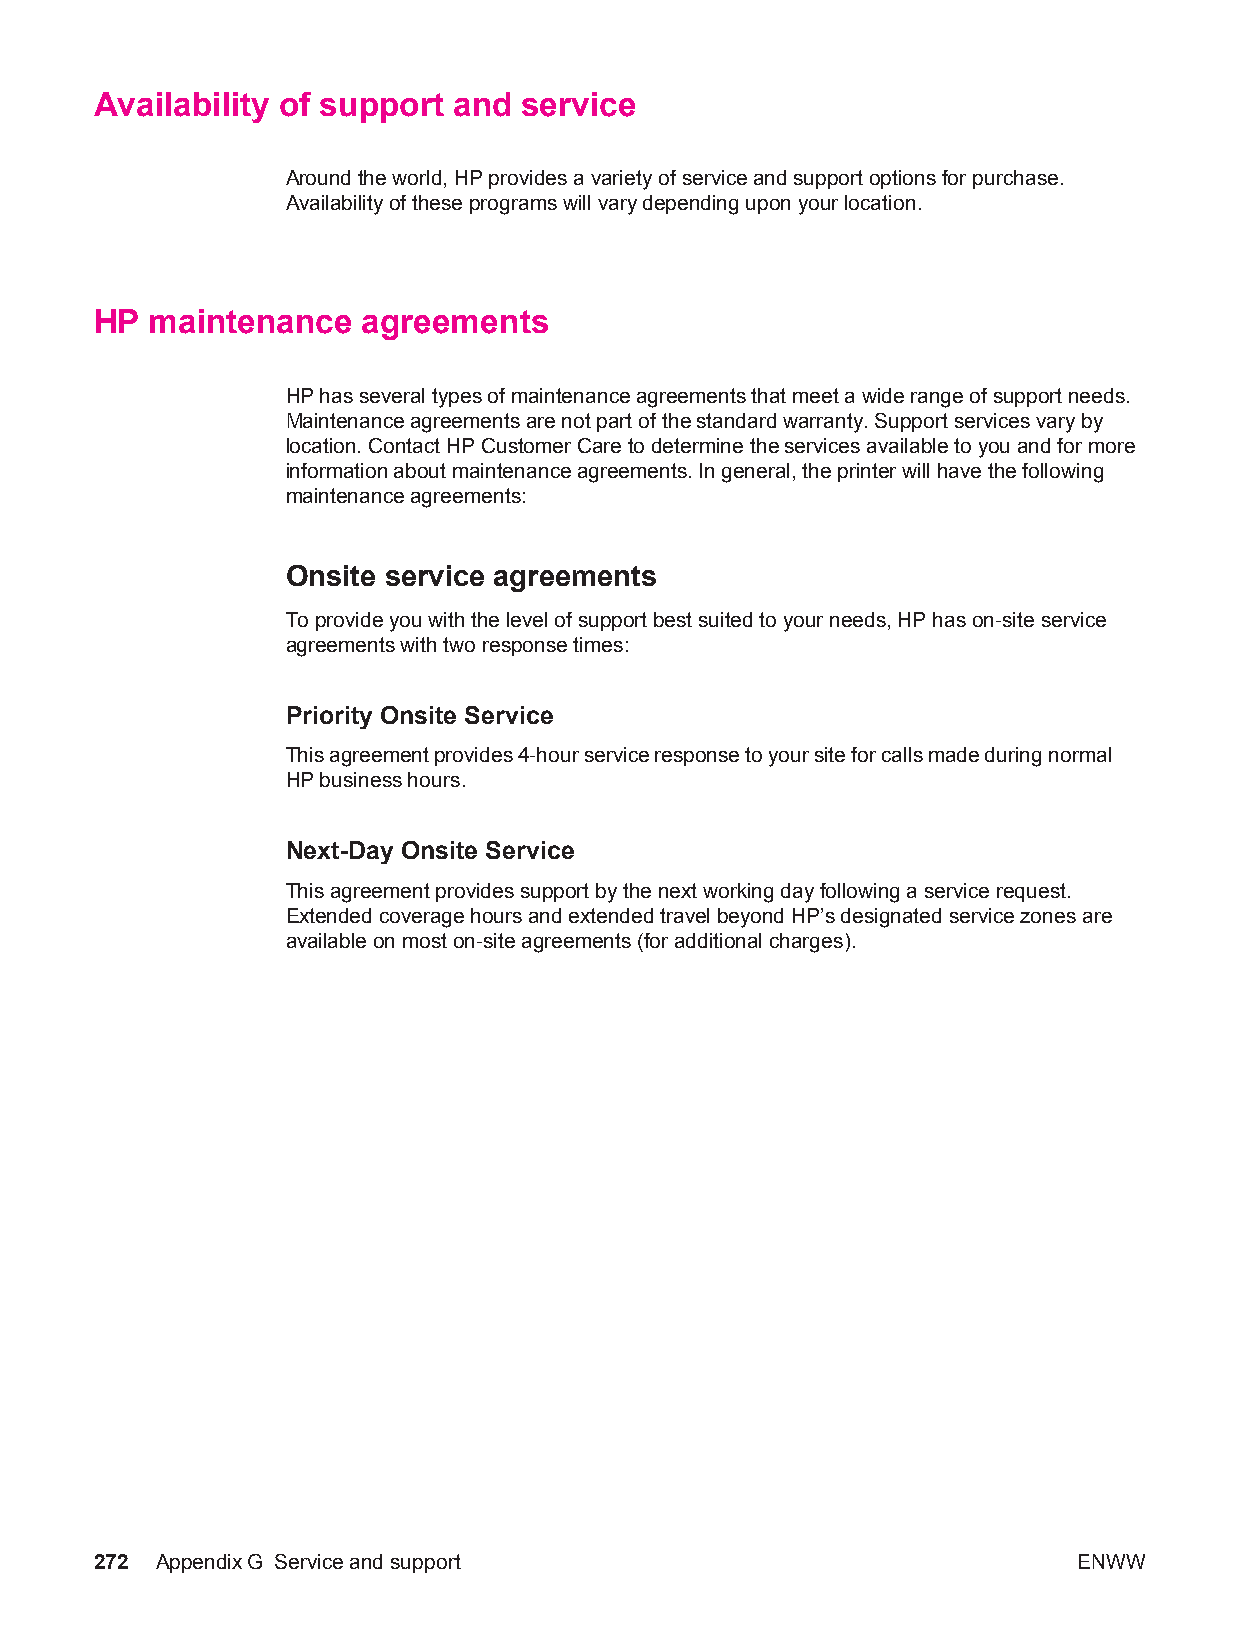
Availability of support and  service
 Around the world, HP provides a variety of service and support options for purchase.
 Availability of these programs will vary depending upon your location.
 HP  maintenance   agreements
 HP has several types of maintenance agreements that meet a wide range of support needs.
 Maintenance agreements are not part of the standard warranty. Support services vary by
 location. Contact HP Customer Care to determine the services available to you and for more
 information about maintenance agreements. In general, the printer will have the following
 maintenance agreements:
 Onsite service agreements
 To provide you with the level of support best suited to your needs, HP has on-site service
 agreements with two response times:
 Priority Onsite Service
 This agreement provides 4-hour service response to your site for calls made during normal
 HP business hours.
 Next-Day Onsite Service
 This agreement provides support by the next working day following a service request.
 Extended coverage hours and extended travel beyond HP’s designated service zones are
 available on most on-site agreements (for additional charges).
 272 AppendixG Service and support                                ENWW